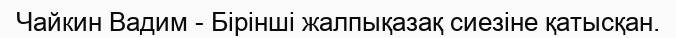
Чайкин Вадим - Бірінші жалпықазақ сиезіне қатысқан.